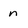
Character: n